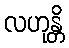
လဟုန္တိ